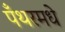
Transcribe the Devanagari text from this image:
पँथरमधे